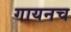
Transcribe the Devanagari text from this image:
गायनच